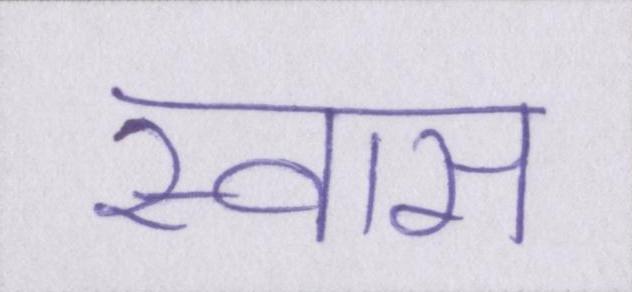
स्वास